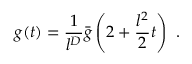
g ( t ) = \frac { 1 } { l ^ { D } } \bar { g } \left( 2 + \frac { l ^ { 2 } } { 2 } t \right) \ .